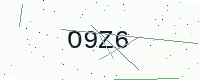
Text: O9Z6